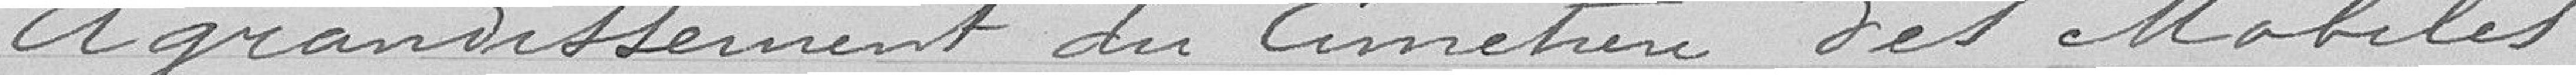
Agrandissement du cimetière des mobiles